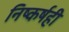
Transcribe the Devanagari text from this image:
निष्कर्षही